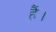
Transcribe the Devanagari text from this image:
हैं।